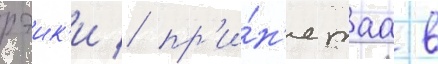
рэик'и / пр'и́н'ятаа в